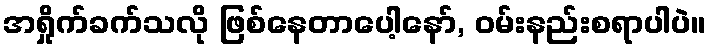
အရှိုက်ခက်သလို ဖြစ်နေတာပေါ့နော်, ဝမ်းနည်းစရာပါပဲ။